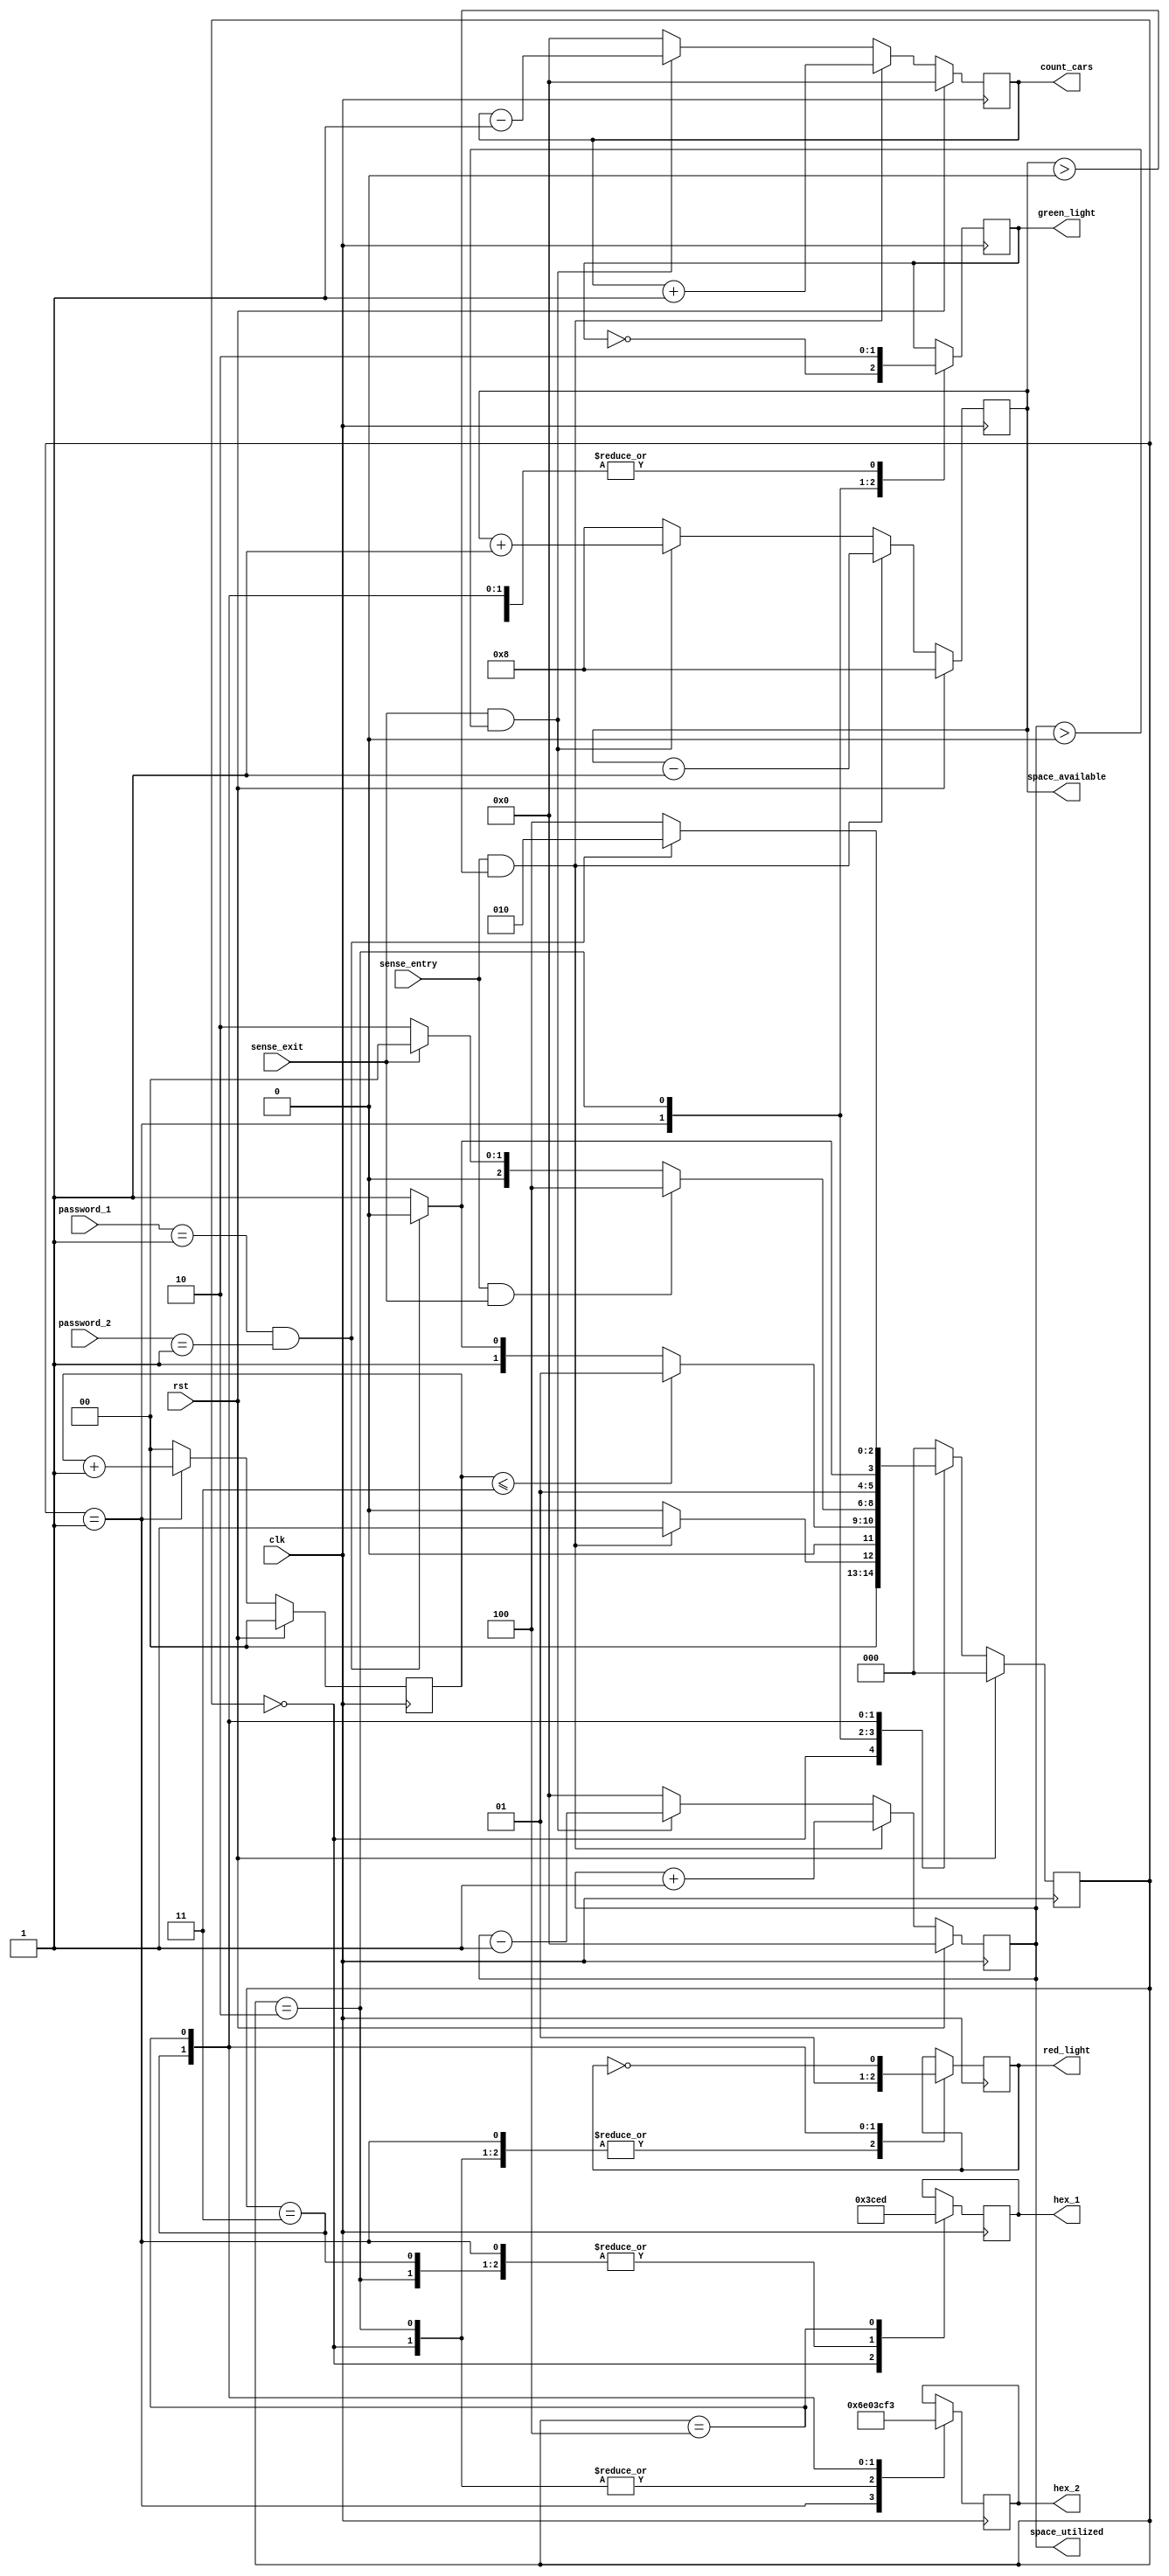
`timescale 1ns / 1ps

module parking_management(
input clk, rst, sense_entry, sense_exit,
    input [1:0] password_1, password_2,
    output reg green_light, red_light,
    output reg [6:0] hex_1, hex_2,
    output reg [3:0] space_available, space_utilized, count_cars
    );

    reg [3:0] overall_space=4'b1000;
    reg [2:0] current_state, next_state;
    reg [1:0] wait_time;

    //declaring parameters list
    parameter idle = 3'b000, 
              wait_time_state=3'b001, 
              password_correct=3'b010, 
              password_incorrect=3'b011, 
              stop=3'b100;

    //declarimg current state			 
    always@(posedge clk) begin
        if(rst==1) current_state<= idle; 
        else current_state<= next_state;
    end

//parking space management
    always@(posedge clk) begin
    
        if(rst==1) begin //reseting whole design
            space_available<= overall_space;
            space_utilized<= 0;
            count_cars<=4'b0; 
        end
        
        else begin
            if ((sense_entry==1) && (space_available>0))begin //entry of 1 vehicle
                space_available<= space_available - 3'b001;
                space_utilized<= space_utilized + 3'b001; 
                count_cars<=count_cars + 4'b0001; 
            end
            
            else if ((sense_exit==1) && (space_utilized>0)) begin //exit of 1 vehicle
                space_available<= space_available + 3'b001;
                space_utilized<= space_utilized - 3'b001; 
                count_cars<= count_cars - 4'b0001; 
            end
            
            else begin //no vehicle entered and exited
                space_available<= overall_space;
                space_utilized<= 0;
                count_cars<=4'b0; 
            end
        end
    end

    //declarationn of wait_timeing period in the wait_time_state
    always@(posedge clk) begin
    
        if(rst==1) wait_time<= 2'b0;
        
        else begin 
            if(current_state==wait_time_state) wait_time<= wait_time + 2'b01;
            else wait_time<= 2'b0;
        end
    end

    //declaration of next state
    always@(*) begin
    case(current_state)
        
        idle: begin
            if((sense_entry==1) && (space_available>0)) next_state<= wait_time_state;
            else next_state<= idle;
        end
    
        wait_time_state: begin
            if(wait_time<= 3'b011) next_state<= wait_time_state;
            else begin
                if ((password_1==2'b01) && (password_2==2'b01)) next_state<= password_correct;
                else next_state<= password_incorrect;
            end
        end
    
        password_correct: begin
            if((sense_entry==1) && (sense_exit==1)) next_state<= stop;
            else if((sense_exit==1)) next_state<= idle;
            else next_state<= password_correct;
        end
    
        password_incorrect: begin
            if((password_1==2'b01) && (password_2==2'b01)) next_state<= password_correct;
            else next_state<= password_incorrect;
        end
    
        stop: begin 
            if((password_1==2'b01) && (password_2==2'b01)) next_state<= password_correct;
            else next_state<= stop;
        end
    
        default: next_state<= idle;
    
    endcase
    end

    always@(posedge clk) begin
    case(current_state)
    
        idle: begin //starting state with no entry and exit of vehicles
            green_light<= 1'b0;
            red_light<= 1'b0;
            hex_1<= 7'b0000000; //0
            hex_2<= 7'b0000000; //0
        end
    
        wait_time_state: begin //vechile wait_timeing in the lobby
            green_light<= ~green_light;
            red_light<= 1'b0;
            hex_1<= 7'b1111001; //alphabet-E
            hex_2<= 7'b0110111; //N -> ENTER
        end
    
        password_correct: begin //vehicle entering and providing password_correct
            green_light<= 1'b1;
            red_light<= 1'b0;
            hex_1<= 7'b1111001; //6
            hex_2<= 7'b0000000; //0 -> GO
        end
    
        password_incorrect: begin //vehicle entering and providing password_incorrect
            green_light<= 1'b0;
            red_light<= 1'b1;
            hex_1<= 7'b1111001; //E
            hex_2<= 7'b1111001; //E -> ERROR
        end
        
        stop: begin //stay of the vehicle for some period
            green_light<= 1'b0;
            red_light<= ~red_light;
            hex_1<= 7'b1101101; //5
            hex_2<= 7'b1110011; //P -> STOP
        end
    
    endcase
    end
endmodule